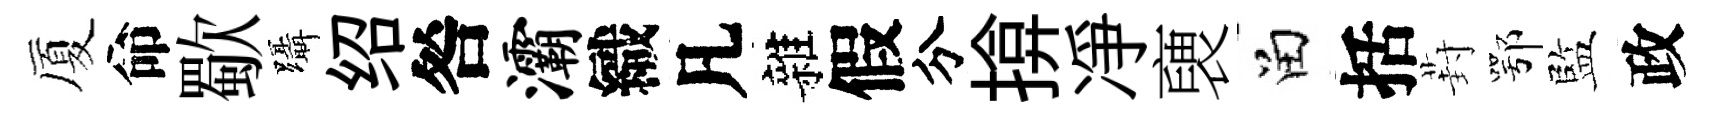
厦命歜躡绍咎灞織凡雜假分揜凈褏留括葑鄂監政